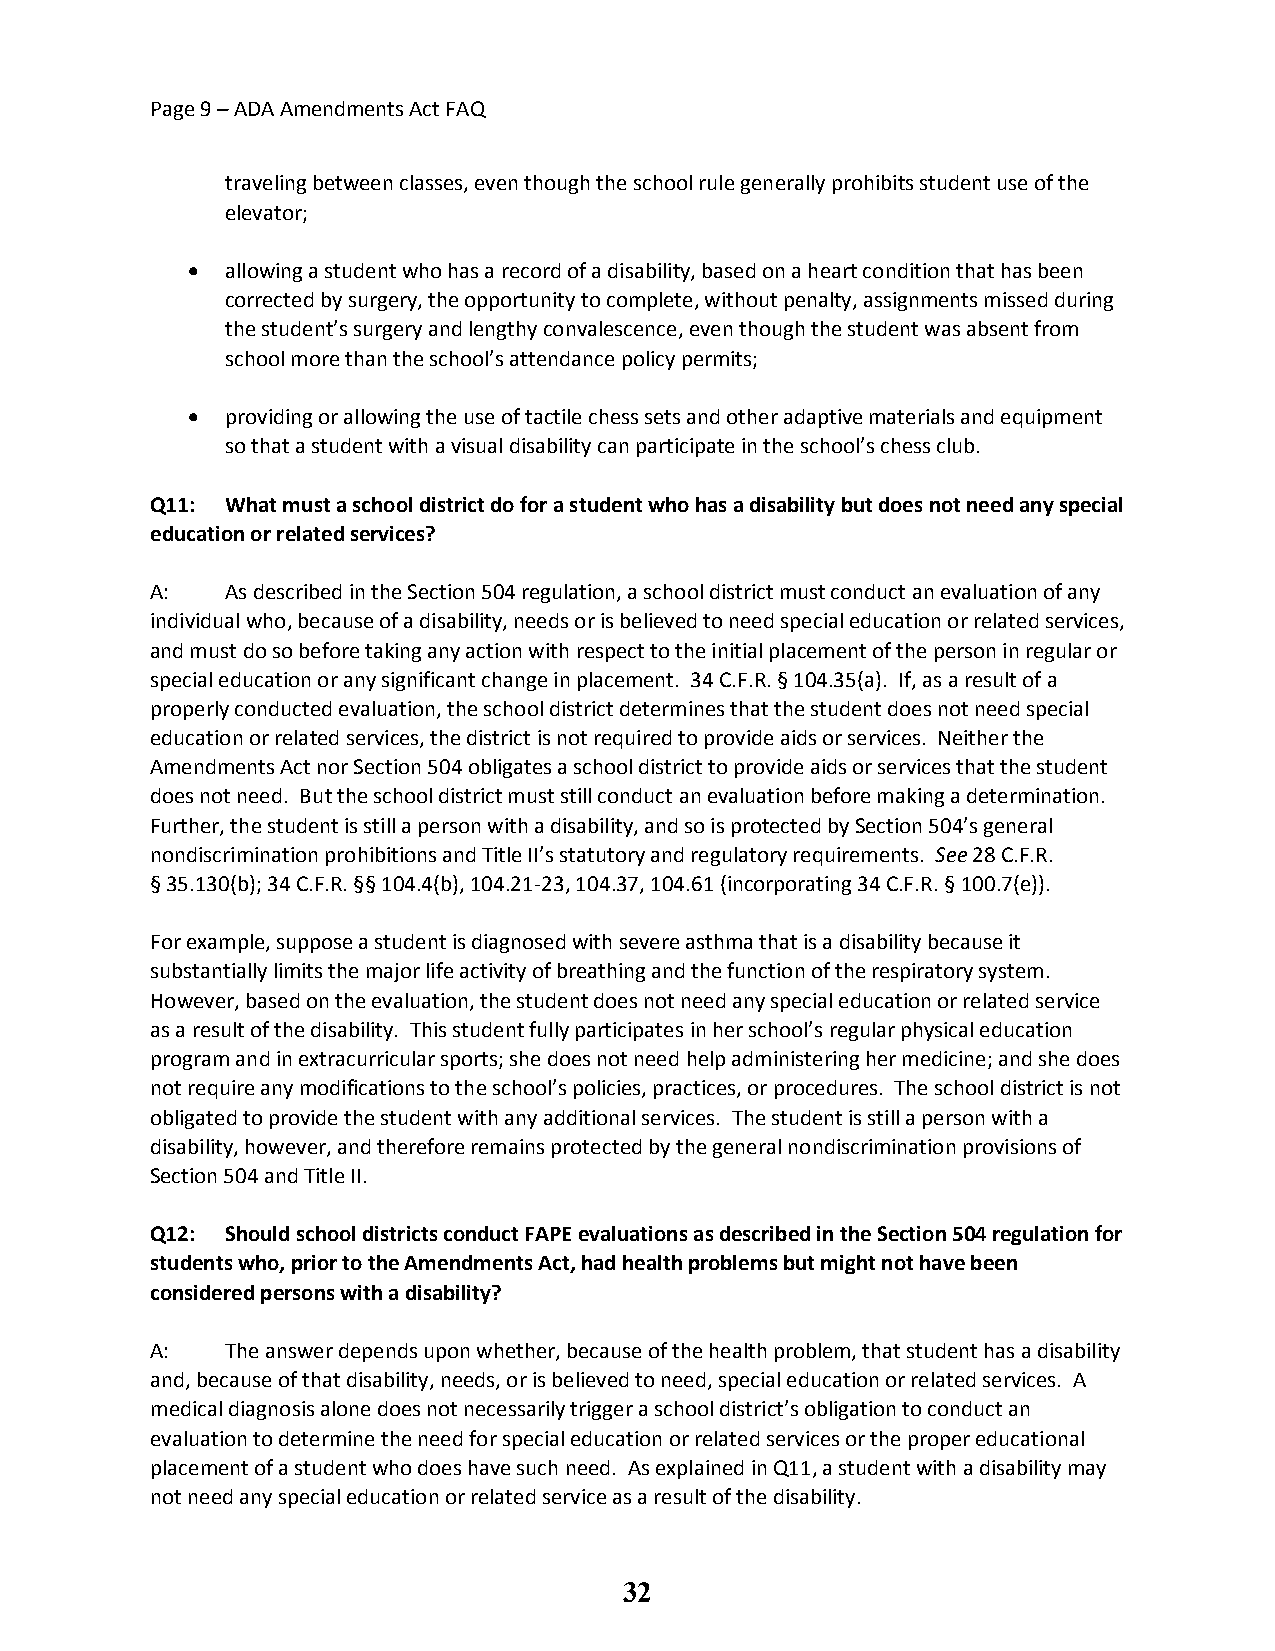
Page 9 – ADA Amendments Act FAQ
 traveling between classes, even though the school rule generally prohibits student use of the
 elevator;
   allowing a student who has a record of a disability, based on a heart condition that has been
 corrected by surgery, the opportunity to complete, without penalty, assignments missed during
 the student’s surgery and lengthy convalescence, even though the student was absent from
 school more than the school’s attendance policy permits;
   providing or allowing the use of tactile chess sets and other adaptive materials and equipment
 so that a student with a visual disability can participate in the school’s chess club.
 Q11: What must a school district do for a student who has a disability but does not need any special
 education or related services?
 A:   As described in the Section 504 regulation, a school district must conduct an evaluation of any
 individual who, because of a disability, needs or is believed to need special education or related services,
 and must do so before taking any action with respect to the initial placement of the person in regular or
 special education or any significant change in placement. 34 C.F.R. § 104.35(a). If, as a result of a
 properly conducted evaluation, the school district determines that the student does not need special
 education or related services, the district is not required to provide aids or services. Neither the
 Amendments Act nor Section 504 obligates a school district to provide aids or services that the student
 does not need. But the school district must still conduct an evaluation before making a determination.
 Further, the student is still a person with a disability, and so is protected by Section 504’s general
 nondiscrimination prohibitions and Title II’s statutory and regulatory requirements. See 28 C.F.R.
 § 35.130(b); 34 C.F.R. §§ 104.4(b), 104.21-23, 104.37, 104.61 (incorporating 34 C.F.R. § 100.7(e)).
 For example, suppose a student is diagnosed with severe asthma that is a disability because it
 substantially limits the major life activity of breathing and the function of the respiratory system.
 However, based on the evaluation, the student does not need any special education or related service
 as a result of the disability. This student fully participates in her school’s regular physical education
 program and in extracurricular sports; she does not need help administering her medicine; and she does
 not require any modifications to the school’s policies, practices, or procedures. The school district is not
 obligated to provide the student with any additional services. The student is still a person with a
 disability, however, and therefore remains protected by the general nondiscrimination provisions of
 Section 504 and Title II.
 Q12: Should school districts conduct FAPE evaluations as described in the Section 504 regulation for
 students who, prior to the Amendments Act, had health problems but might not have been
 considered persons with a disability?
 A:   The answer depends upon whether, because of the health problem, that student has a disability
 and, because of that disability, needs, or is believed to need, special education or related services. A
 medical diagnosis alone does not necessarily trigger a school district’s obligation to conduct an
 evaluation to determine the need for special education or related services or the proper educational
 placement of a student who does have such need. As explained in Q11, a student with a disability may
 not need any special education or related service as a result of the disability.
 32